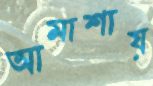
আমাশায়